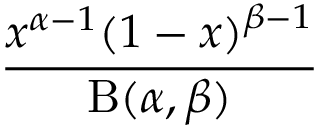
\frac { x ^ { \alpha - 1 } ( 1 - x ) ^ { \beta - 1 } } { \mathrm { B } ( \alpha , \beta ) }